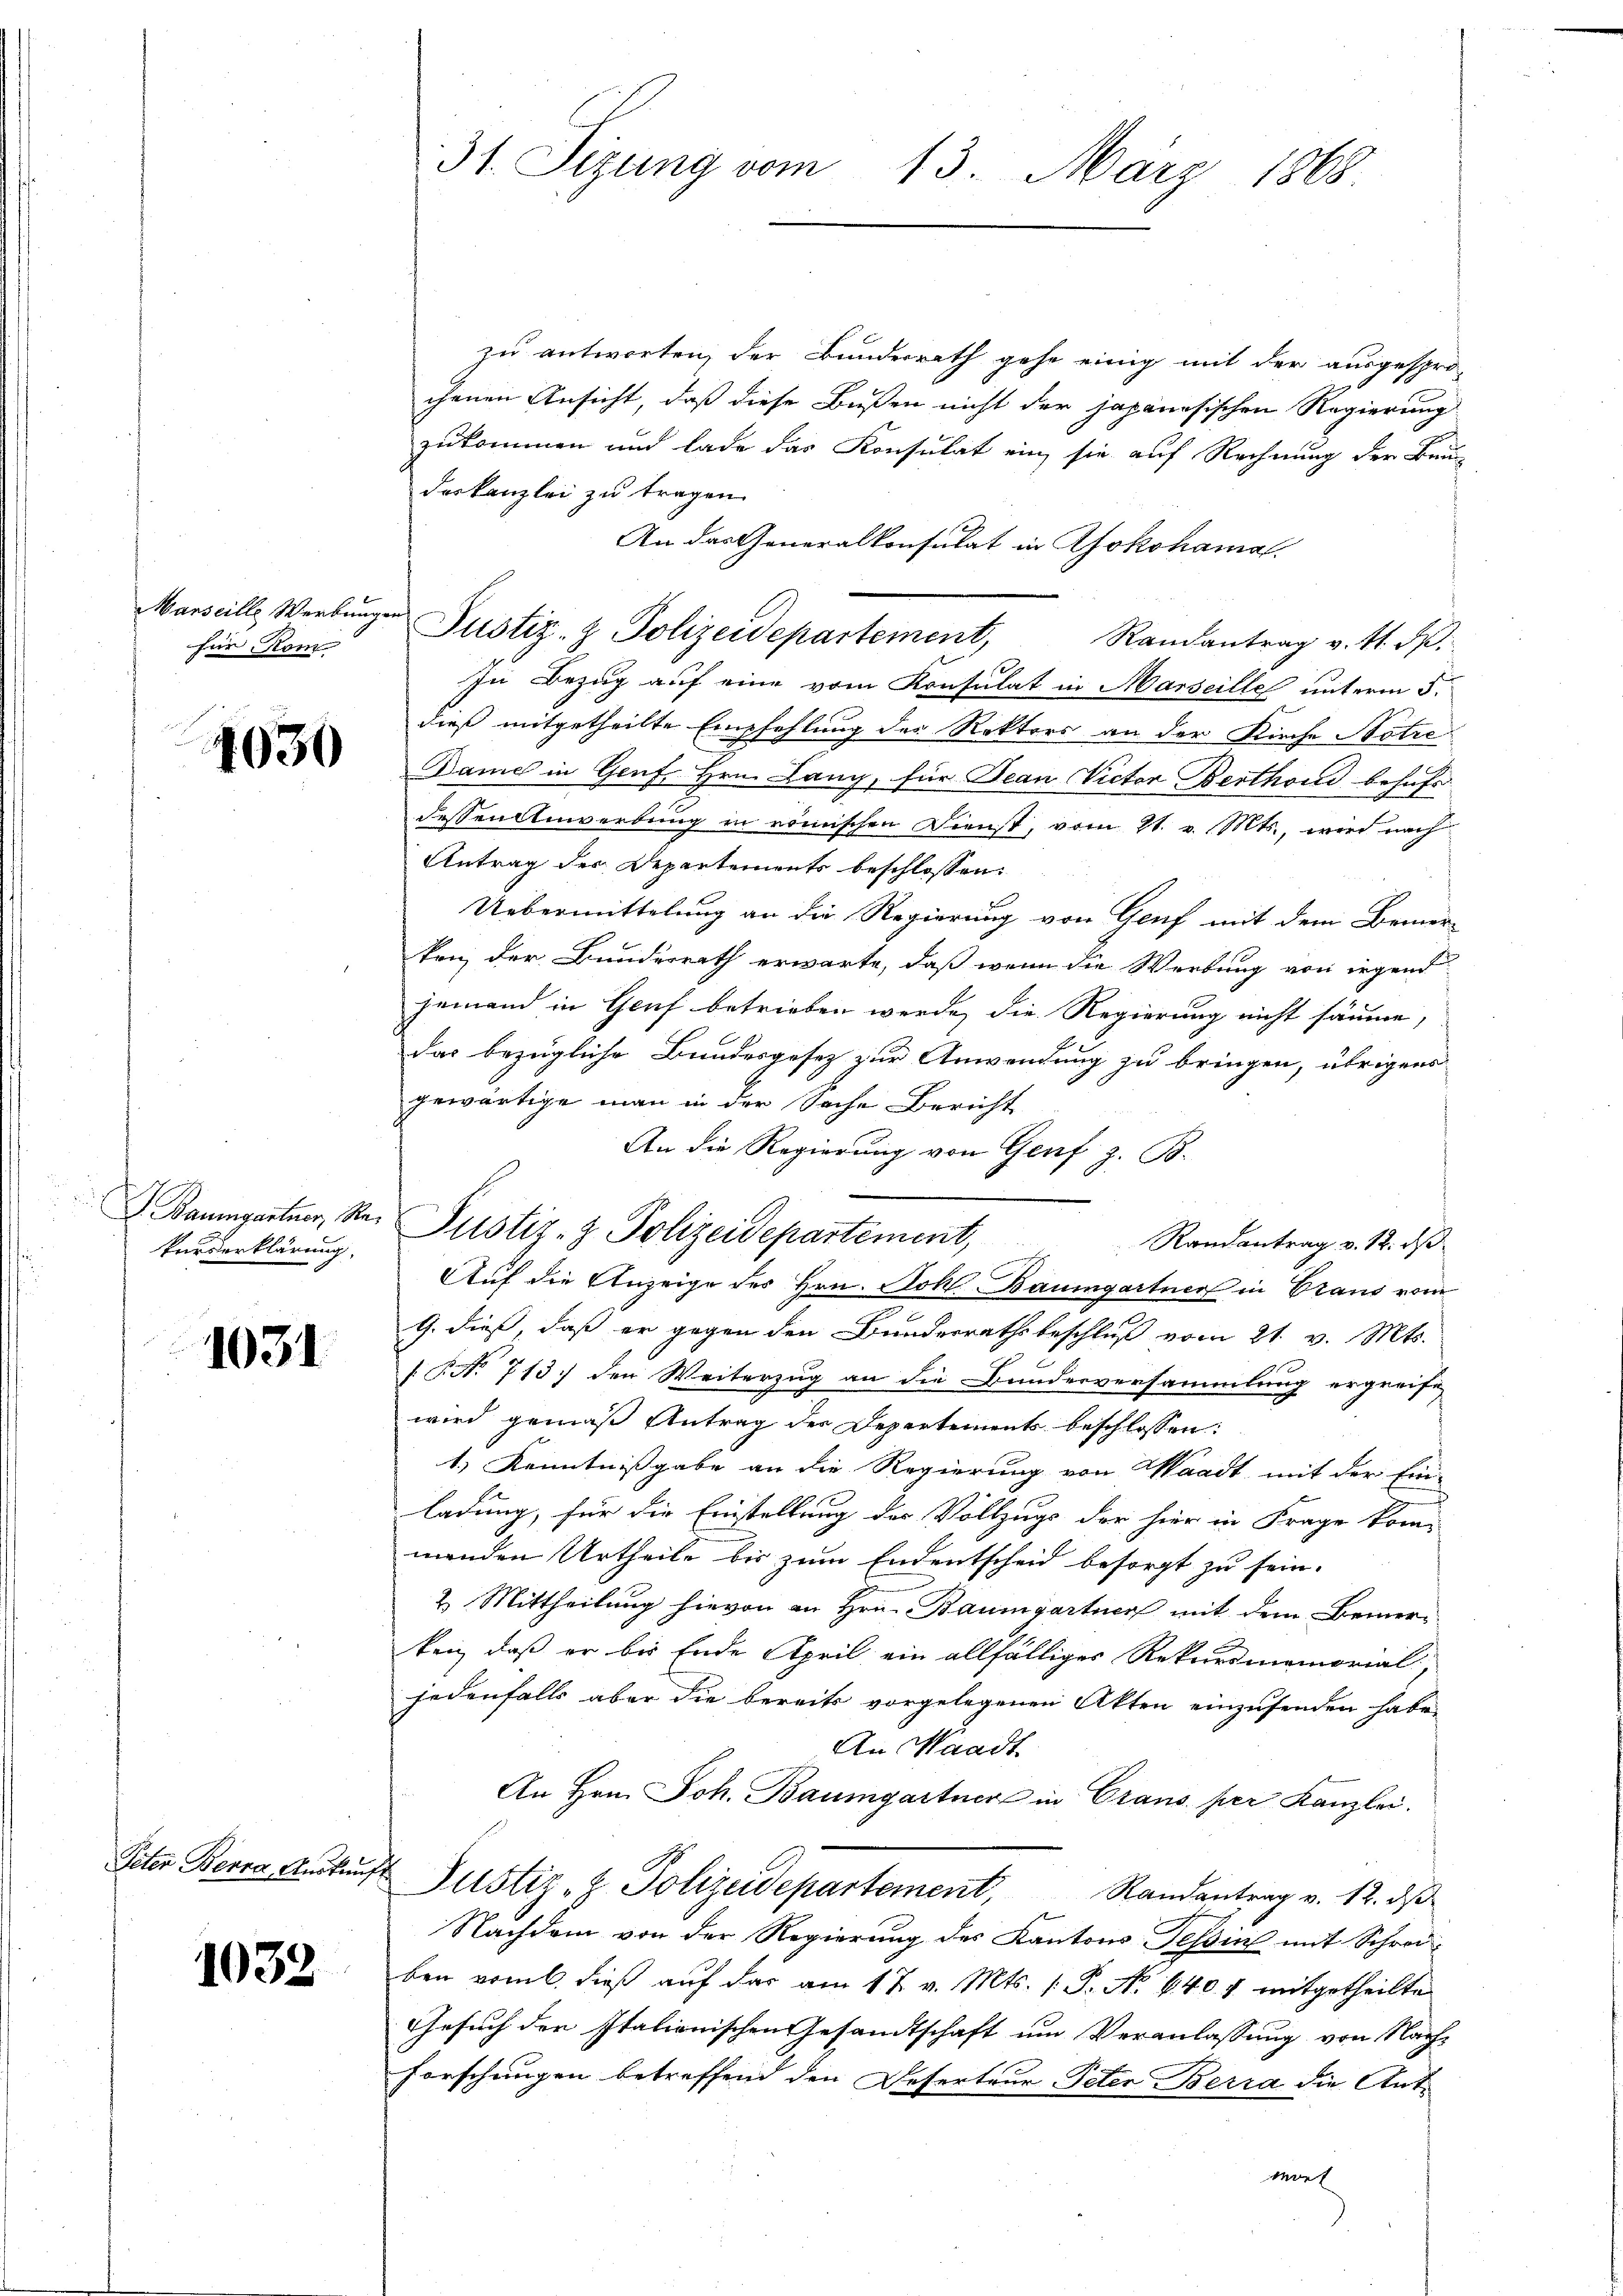
für Kom

4030

kurserklärung

1031

Peter Berra, Auskunft

1032

31. Sizung vom 13. März 1868

zu antworten, der Bunderrath gehe einig mit der ausgespro-
chenen Ansicht, daß diese Bußen nicht der japanesischen Regierung
zukommen und lade das Konsulat ein, sie auf Rechnung der Bau-
deskanzlei zu tragen.
An das Generalkonsulat in Yokohamal
Randantrag v. 4. ds.
In Bezug auf eine vom Konsulat in Marseille unterm 5.
dieß mitgetheilte Empfehlung des Rektors an der Kirche Natio
Dame in Genf, Hrn. Lang, für Jean Victor Berthond behufs
dessen Anwerbung in römischen Dienst, vom 21. v. Mts., wird nach
Antrag der Departements beschlossen:
Uebermittelung an die Regierung von Genf mit dem Bemerken, der Bundesrath erwarte, daß wenn die Werbung von irgend
jemand in Genf betrieben werde, die Regierung nicht säume,
das bezügliche Bundesgesez zur Anwendung zu bringen, übrigens
gewärtige man in der Sache Bericht
An die Regierung von Genf z. B.
Randantrag v. 12. ds
G. dieß, daß er gegen den Bunderrathsbeschluß vom 21. v. Mts.

 P. Nr. 713. den Weiterzug an die Bundesversammlung ergreife
wird gemäß Antrag des Departements beschlossen:
1.) Kenntnißgabe an die Regierung von Waadt mit der Ein-
ladung, für die Einstellung der Vollzugs der hier in Frage kom-
menden Urtheile bis zum Endentscheid besorgt zu sein.
2. Mittheilung hievon an Hrn. Baumgartner mit dem Bemer-
ken, daß er bis Ende April ein allfälliger Rekursmemorial
jedenfalls aber die bereits vorgelegenen Akten einzusenden habe.
An Waadt.
An Hrn. Joh. Baumgartner in Crans per Kanzlei.
Justiz-Z. Polizeidepartement, Randantrag v. 12. ds
Nachdem von der Regierung des Kantons Tessin mit Schreiben vom 6. dieß auf das am 17. v. Mts. (: P. No 640 4 mitgetheilte
Gesuch der Italionischen Gesandtschaft um Veranlassung von Nach-
forschungen betreffend den Deserteur Peter Berra die Ant¬

Marseille Werbungen Justiz- & Polizeidepartement,

Baumgartner, Se. Pustiz- & Polizeidepartement,
Auf die Anzeige des Hrn. Joh. Baumgartner in Graus vom